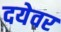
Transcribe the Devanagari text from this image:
दयेवर